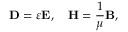
\mathbf { D } = \varepsilon \mathbf { E } , \quad \mathbf { H } = { \frac { 1 } { \mu } } \mathbf { B } ,